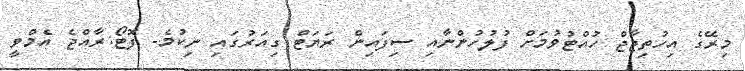
މިރޭގެ އިހުތިޖާޖް ހުއްޓުވުމަށް ފުލުހުންނާއި ސިފައިން ރަޔަޓް ގިއަރުގައި ނިކުމެ- ފޮޓޯ:ރާއްޖެ އެމްވީ